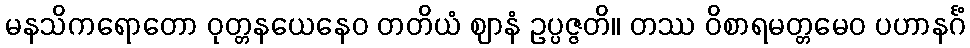
မနသိကရောတော ဝုတ္တနယေနေဝ တတိယံ ဈာနံ ဥပ္ပဇ္ဇတိ။ တဿ ဝိစာရမတ္တမေဝ ပဟာနင်္ဂံ